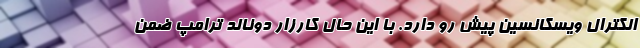
الکترال ویسکانسین پیش رو دارد. با این حال کارزار دونالد ترامپ ضمن